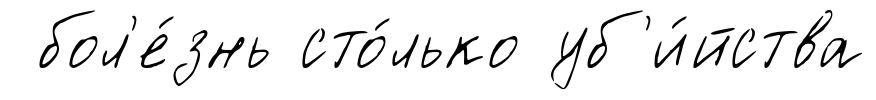
бол'е́знь сто́лько уб'и́йства